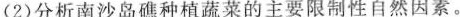
(2)分析南沙岛礁种植蔬菜的主要限制性自然因素。